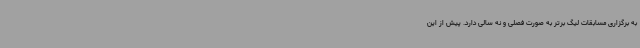
به برگزاری مسابقات لیگ برتر به صورت فصلی و نه سالی دارد. پیش از این